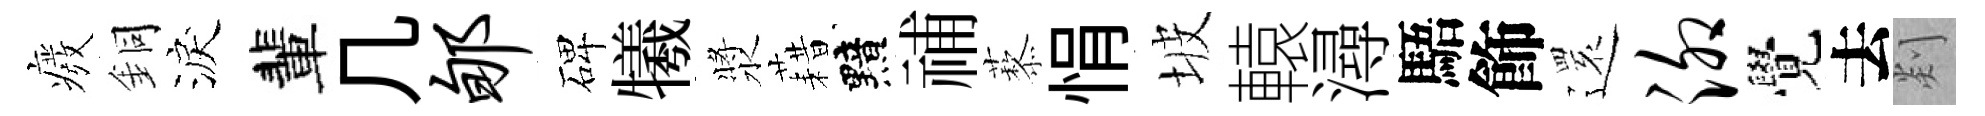
癈銅淚輩几郇碑犧漿藉黯𥙷藜悁坡轅潯䮏飾𮟃泖覺去剡